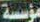
مؤسسة